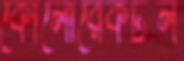
কোলোরেকটল